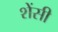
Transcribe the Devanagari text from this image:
शेंसी